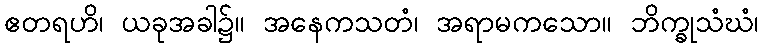
ဧတရဟိ၊ ယခုအခါ၌။ အနေကသတံ၊ အရာမကသော။ ဘိက္ခုသံဃံ၊